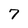
Character: 7